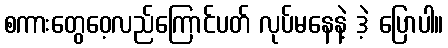
စကားတွေဝေ့လည်ကြောင်ပတ် လုပ်မနေနဲ့ ဒဲ့ ပြောပါ။